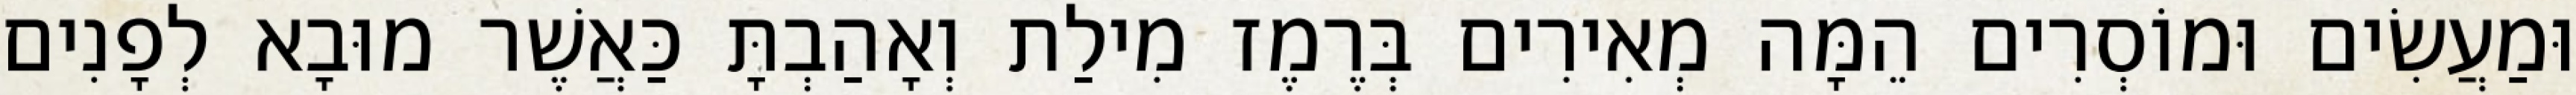
וּמַעֲשִׂים וּמוֹסְרִים הֵמָּה מְאִירִים בְּרֶמֶז מִילַת וְאָהַבְתָּ כַּאֲשֶׁר מוּבָא לְפָנִים